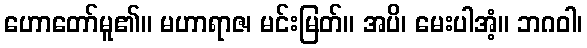
ဟောတော်မူ၏။ မဟာရာဇ၊ မင်းမြတ်။ အပိ၊ မေးပါအံ့။ ဘဂဝါ၊